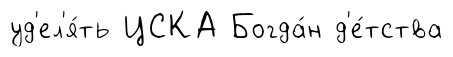
уд'ел'я́ть ЦСКА Богда́н д'е́тства